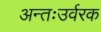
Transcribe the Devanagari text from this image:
अन्तःउर्वरक